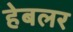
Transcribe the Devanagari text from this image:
हेबलर